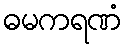
ဓမကရဏံ